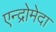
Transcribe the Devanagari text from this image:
एन्द्रोमेदा